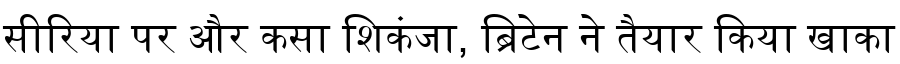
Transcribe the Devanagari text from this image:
सीरिया पर और कसा शिकंजा, ब्रिटेन ने तैयार किया खाका